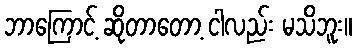
ဘာကြောင့် ဆိုတာတော့ ငါလည်း မသိဘူး။